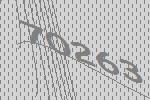
70263